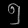
Digit: ၅